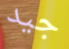
جيد